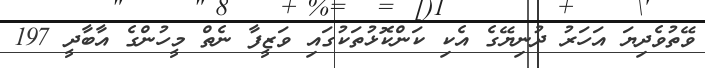
ވޭތުވެދިޔަ އަހަރު ދުނިޔޭގެ އެކި ކަންކޮޅުތަކުގައި ވަޒީފާ ނެތް މީހުންގެ އާބާދީ 197